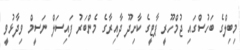
މިބިލްގެ ބަހުސްގައި ޖުމްހޫރީ ޕާޓީގެ ކާށިދޫ ދާއިރާގެ މެންބަރު ފައިސަލް ނަސީމް ވިދާޅުވީ